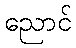
ညောင်